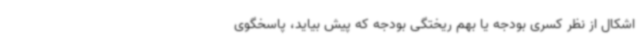
اشکال از نظر کسری بودجه یا بهم ریختگی بودجه که پیش بیاید، پاسخگوی